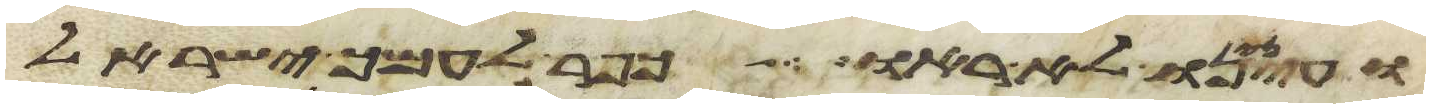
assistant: ועינינו לא ראו כפר לעמך ישראל